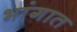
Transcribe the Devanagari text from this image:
भांगात